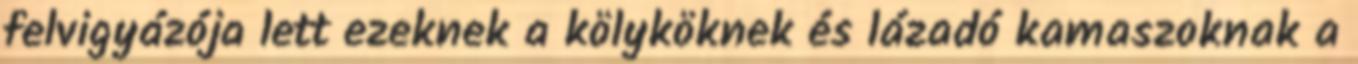
felvigyázója lett ezeknek a kölyköknek és lázadó kamaszoknak a